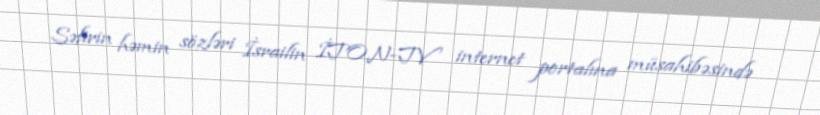
Səfirin həmin sözləri İsrailin İTON-TV internet portalına müsahibəsində